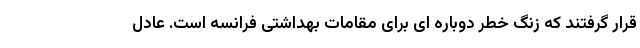
قرار گرفتند که زنگ خطر دوباره ای برای مقامات بهداشتی فرانسه است. عادل